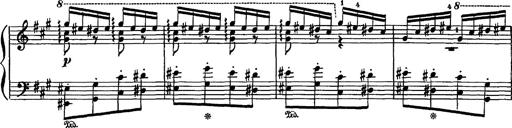
Title: Hungarian Rhapsody No.16
Composer: Franz Liszt
Key: A minor